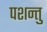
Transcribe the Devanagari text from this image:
पशन्तु